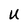
Character: U